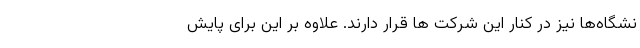
نشگاه‌ها نیز در کنار این شرکت ها قرار دارند. علاوه بر این برای پایش